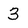
Character: 3